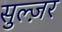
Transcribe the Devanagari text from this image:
सुल्ज़र